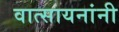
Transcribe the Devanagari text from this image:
वात्सायनांनी